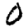
Digit: 0